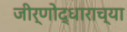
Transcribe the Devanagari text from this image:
जीर्णोद्धाराच्या